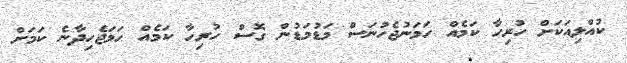
ކުއްލިއަކަށް ހުރިހާ ކަމެއް ހަމަނުޖެހުނަސް މަޑުމަޑުން ގޮސް ހުރިހާ ކަމެއް ހަމަޖެހިދާނެ ކަމަށް